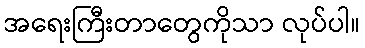
အရေးကြီးတာတွေကိုသာ လုပ်ပါ။